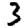
Digit: 3